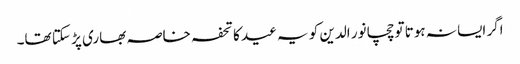
اگر ایسا نہ ہوتا تو چچا نور الدین کو یہ عید کا تحفہ خاصہ بھاری پڑ سکتا تھا۔